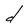
Character: d